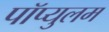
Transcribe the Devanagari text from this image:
पॉप्युलम